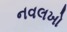
નવલખો